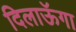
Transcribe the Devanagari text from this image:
दिलाऊॅगा